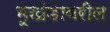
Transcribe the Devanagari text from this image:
भूखंडावरील